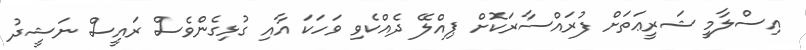
އިސްލާމީ ޝަރީޢަތަށް ފުރައްސާރަކޮށް ޕިއްލޭ ދެއްކެވި ވަހަކަ އާއި ގުޅިގެންވެސް ރައީސް ނަޝީދު